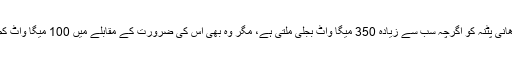
راجدھانی پٹنہ کو اگرچہ سب سے زیادہ 350 میگا واٹ بجلی ملتی ہے، مگر وہ بھی اس کی ضرورت کے مقابلے میں 100 میگا واٹ کم ہے۔